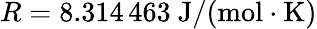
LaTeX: R=8.314\, 463~\mathrm{J/(mol\cdot K)}